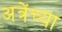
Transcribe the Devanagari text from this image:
अत्रेंच्या